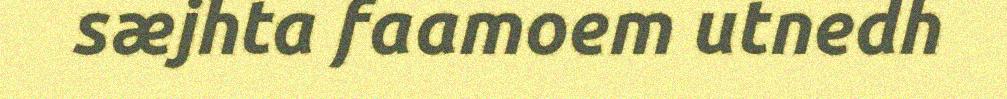
sæjhta faamoem utnedh